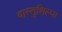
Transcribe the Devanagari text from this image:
वास्तुशिल्पा